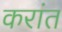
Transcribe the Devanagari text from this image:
करांत